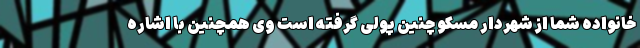
خانواده شما از شهردار مسکو چنین پولی گرفته است وی همچنین با اشاره